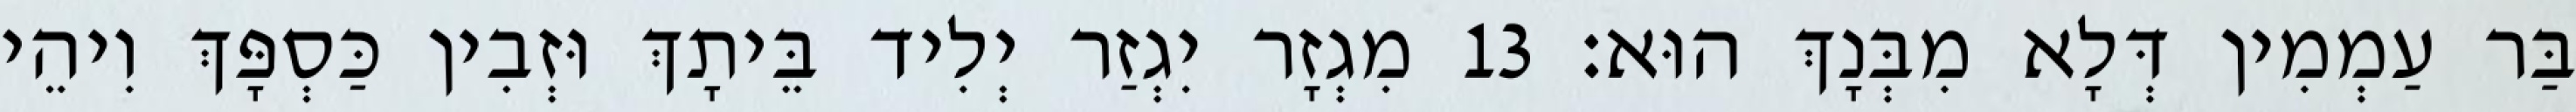
בַּר עַמְמִין דְּלָא מִבְּנָךְ הוּא׃ 13 מִגְזָר יִגְזַר יְלִיד בֵּיתָךְ וּזְבִין כַּסְפָּךְ וִיהֵי